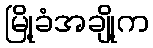
မြို့ခံအချို့က